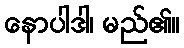
နောပါဒါ၊ မည်၏။